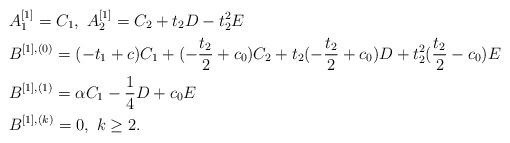
LaTeX: \begin{align*} & {A}^{[1]}_{1} = C_{1},\ {A}^{[1]}_{2} = C_{2}+ t_{2}D - t_{2}^{2} E\\ & {B}^{[1],(0)} = ( - t_{1} + c) C_{1} +(-\frac{t_{2}}{2} + c_{0}) C_{2} + t_{2} (-\frac{t_{2}}{2} + c_{0}) D + t_{2}^{2} (\frac{t_{2}}{2} - c_{0})E\\& {B}^{[1], (1)}= \alpha C_{1} -\frac{1}{4} D + c_{0}E\\ & B^{[1],(k)} =0,\ k\geq 2.\end{align*}